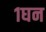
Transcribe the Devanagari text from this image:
१घन